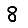
Digit: 8